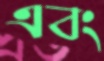
এবং